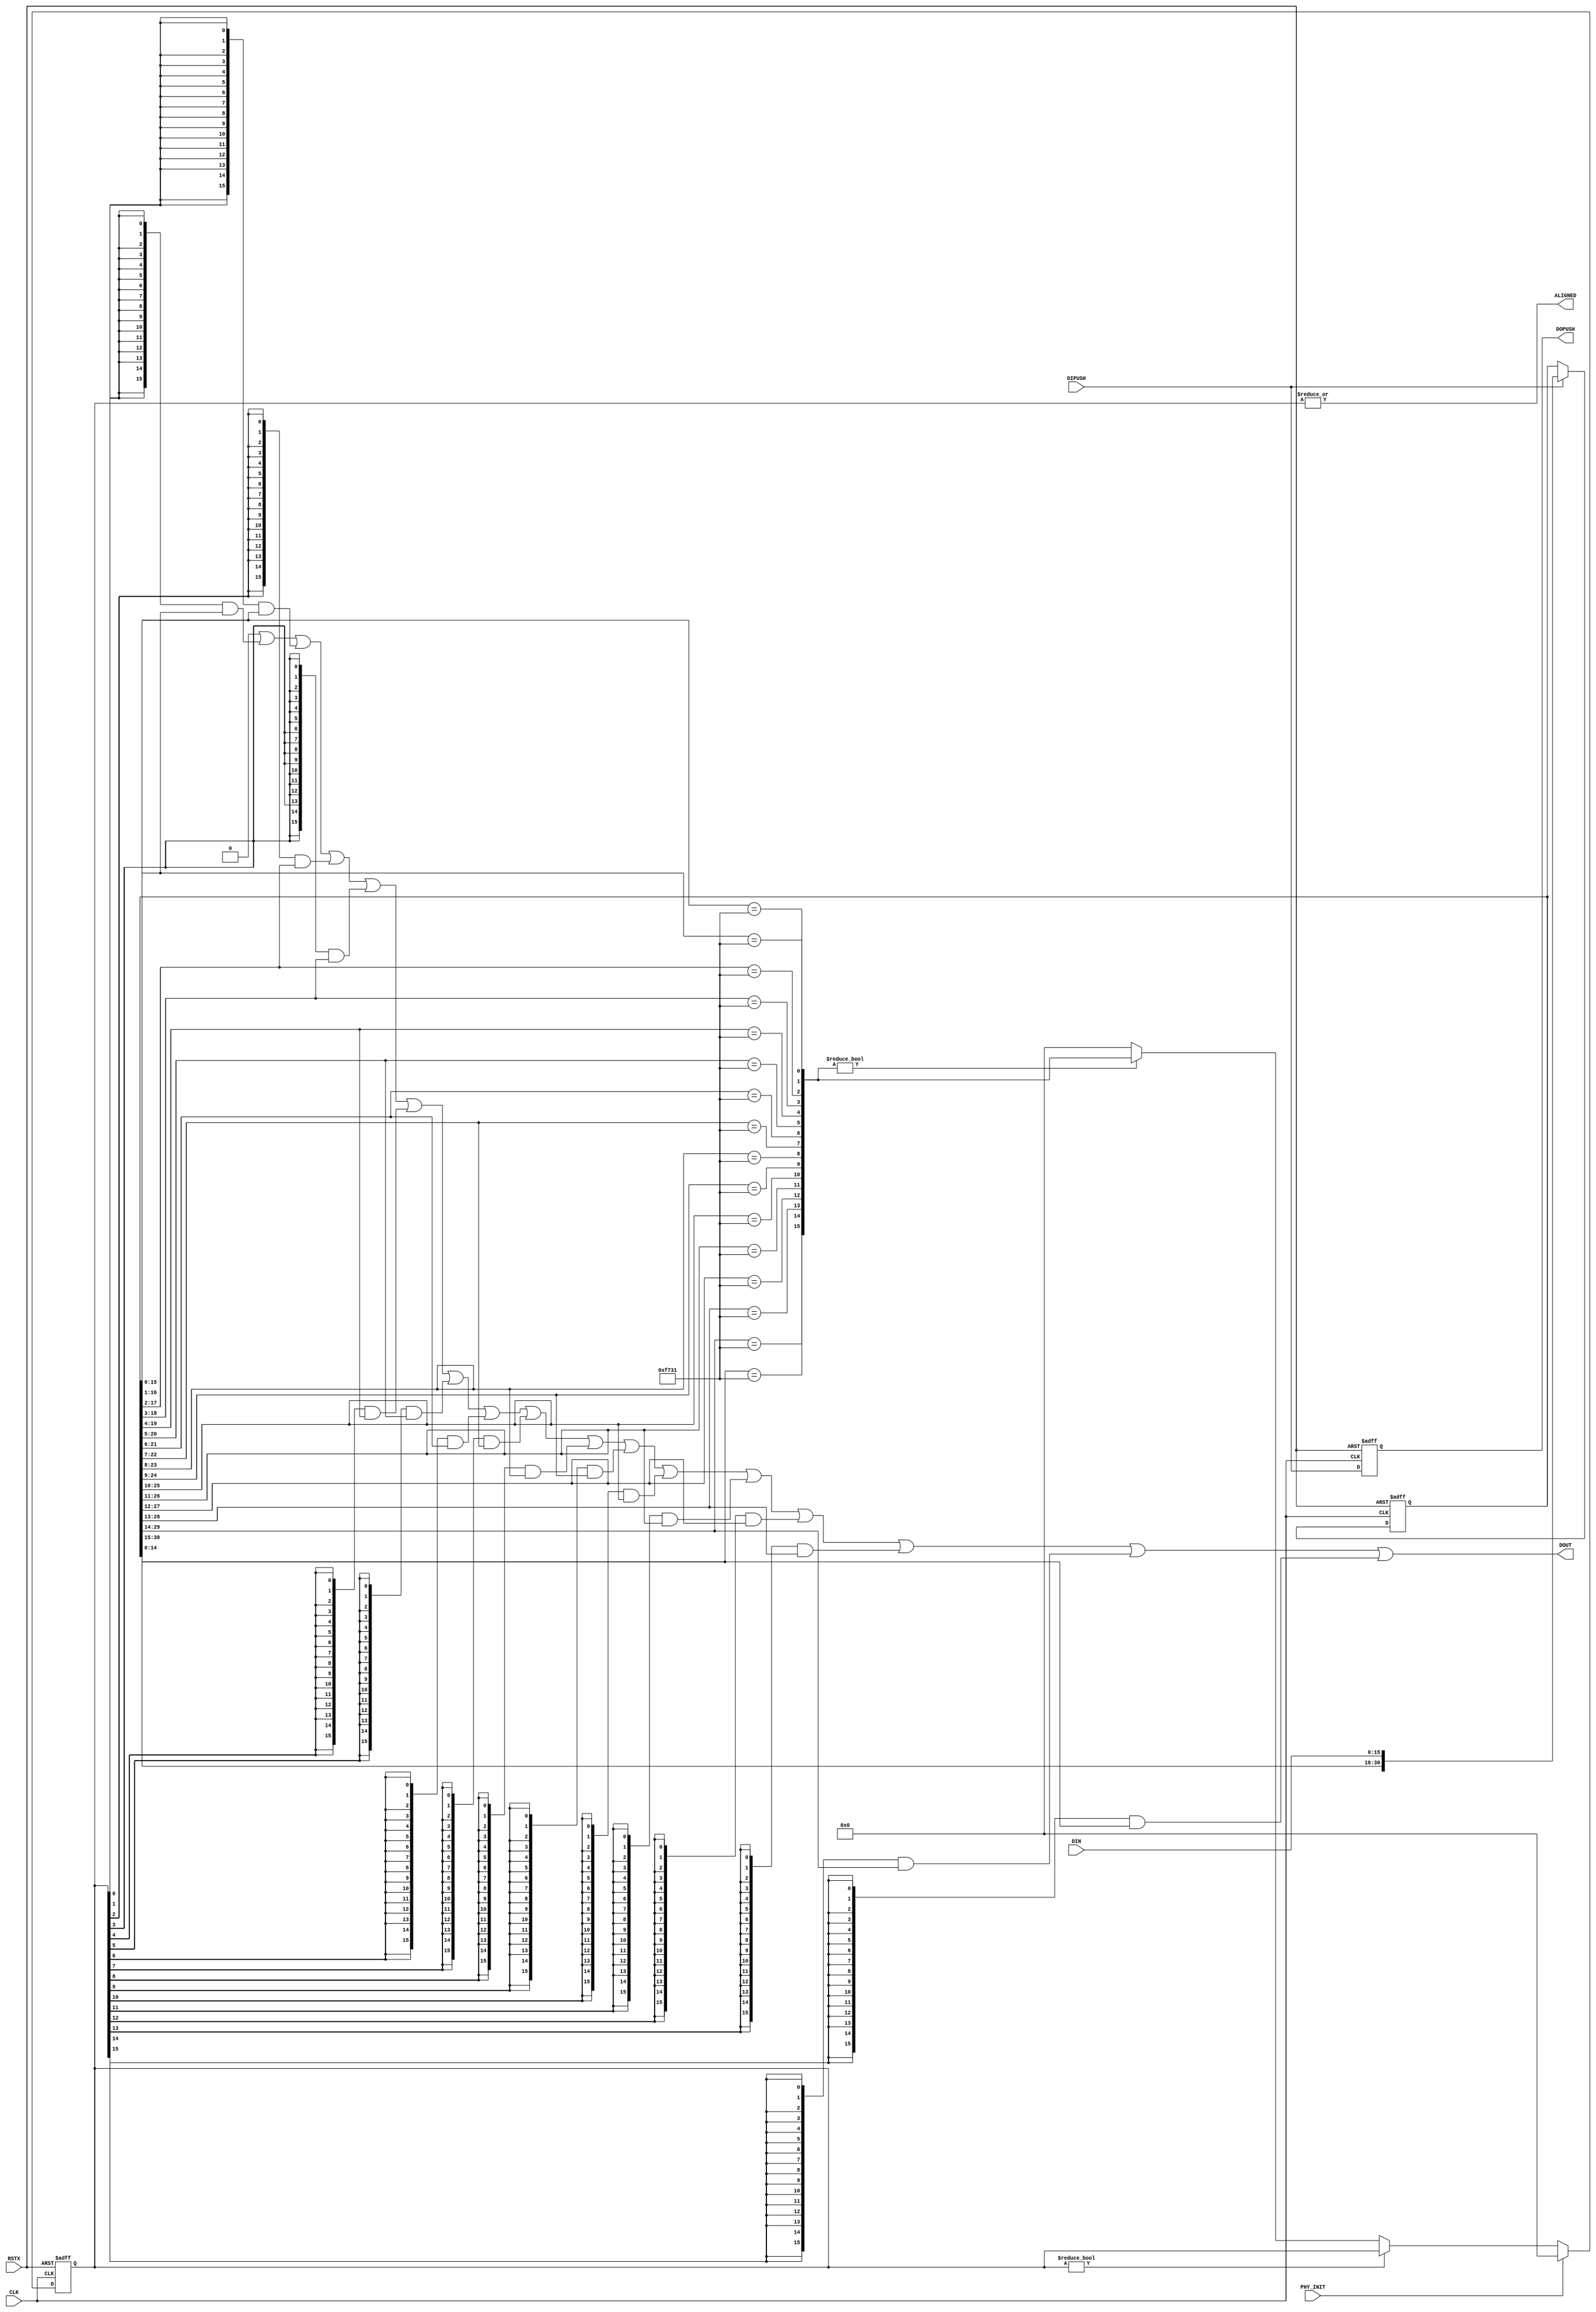
module word_align (
 input             RSTX,
 input             CLK,
 input             PHY_INIT,
 input             DIPUSH,
 input      [15:0] DIN,

 output reg        DOPUSH,
 output reg [15:0] DOUT,
 output            ALIGNED
);

reg [30:0] din_shift;
always @(posedge CLK or negedge RSTX)
  if (!RSTX)       din_shift <= 31'd0;
  else if (DIPUSH) din_shift <= {din_shift[14:0], DIN};
always @(posedge CLK or negedge RSTX)
  if (!RSTX) DOPUSH <= 1'b0;
  else       DOPUSH <= DIPUSH;

wire [15:0] sync_comp;
generate
genvar gv;
for (gv = 0; gv < 16; gv = gv+1) begin : sync_mux
  assign sync_comp[gv] = din_shift[gv+15:gv] == 16'hF731;
end
endgenerate

reg [15:0] sync_found;
always @(posedge CLK or negedge RSTX)
  if (!RSTX)                    sync_found <= 15'd0;
  else if (PHY_INIT)            sync_found <= 15'd0;
  else if (sync_found != 31'd0) sync_found <= sync_found;
  else if (sync_comp != 31'd0)  sync_found <= sync_comp;
  else                          sync_found <= 15'd0;

integer i;
always @* begin
  DOUT = 16'd0;
  for (i = 0; i < 16; i = i+1)
    DOUT = DOUT | ({16{sync_found[i]}} & (din_shift >> i));
end

assign ALIGNED = |sync_found;

endmodule